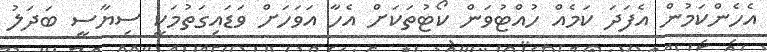
އެހެންކަމުން އެފަދަ ކަމެއް ހުއްޓުވަން ކޯޓުތަކަށް އެހާ އަވަހަށް ވަޑައިގަތުމަކީ ސިޔާސީ ބަދަލު